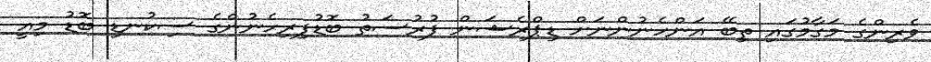
ވެރިންގެ މަގާމުގައި ތިބޭ އަންހެނުންނަށް ޑިޕްރެޝަން ފުރުސަތު ބޮޑުފިރިހެނުންގެ ސިކުނޑި ބޮޑު މިއީ